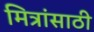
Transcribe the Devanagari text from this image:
मित्रांसाठी